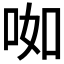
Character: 𱒥